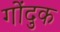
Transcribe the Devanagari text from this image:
गोंदुक